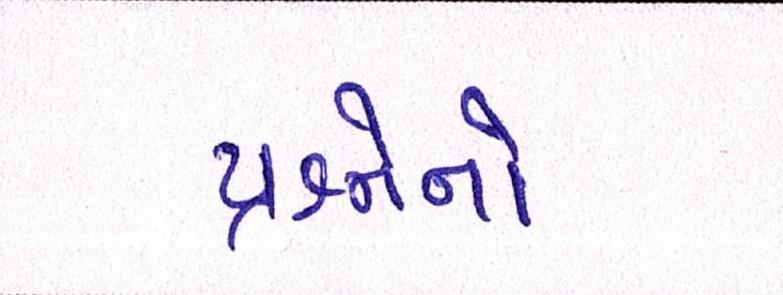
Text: પ્રશ્નોનો